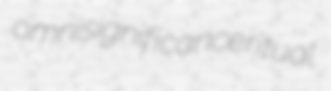
omnisignificance ritual